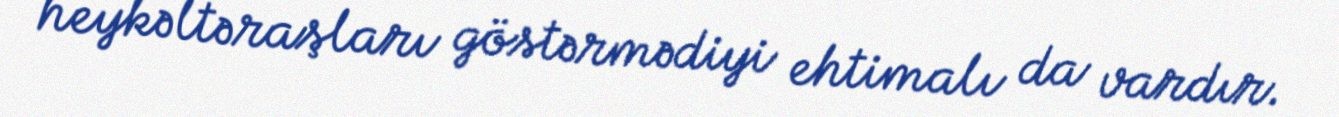
heykəltəraşları göstərmədiyi ehtimalı da vardır.